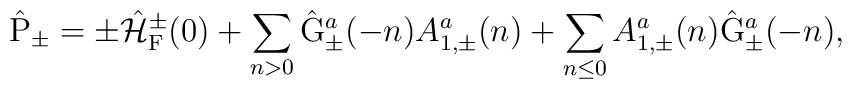
\hat{\rm P}_{\pm} = \pm \hat{\cal H}_{\rm F}^{\pm}(0) +\sum_{n>0} \hat{\rm G}_{\pm}^a(-n) {A}_{1,\pm}^a(n) +\sum_{n \leq 0} {A}_{1,\pm}^a(n) \hat{\rm G}_{\pm}^a(-n),